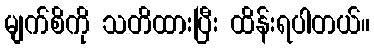
မျက်စိကို သတိထားပြီး ထိန်းရပါတယ်။